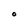
Character: O